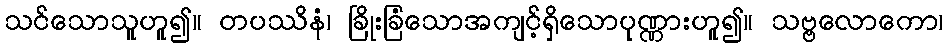
သင်သောသူဟူ၍။ တပဿိနံ၊ ခြိုးခြံသောအကျင့်ရှိသောပုဏ္ဏားဟူ၍။ သဗ္ဗလောကော၊